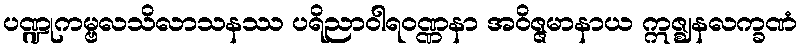
ပဏ္ဍုကမ္ဗလသိလာသနဿ ပရိညာဝါရဝဏ္ဏနာ အဝိဇ္ဇမာနာယ ဣဇ္ဈနလက္ခဏံ